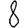
Digit: 8